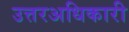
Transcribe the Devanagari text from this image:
उत्तरअधिकारी